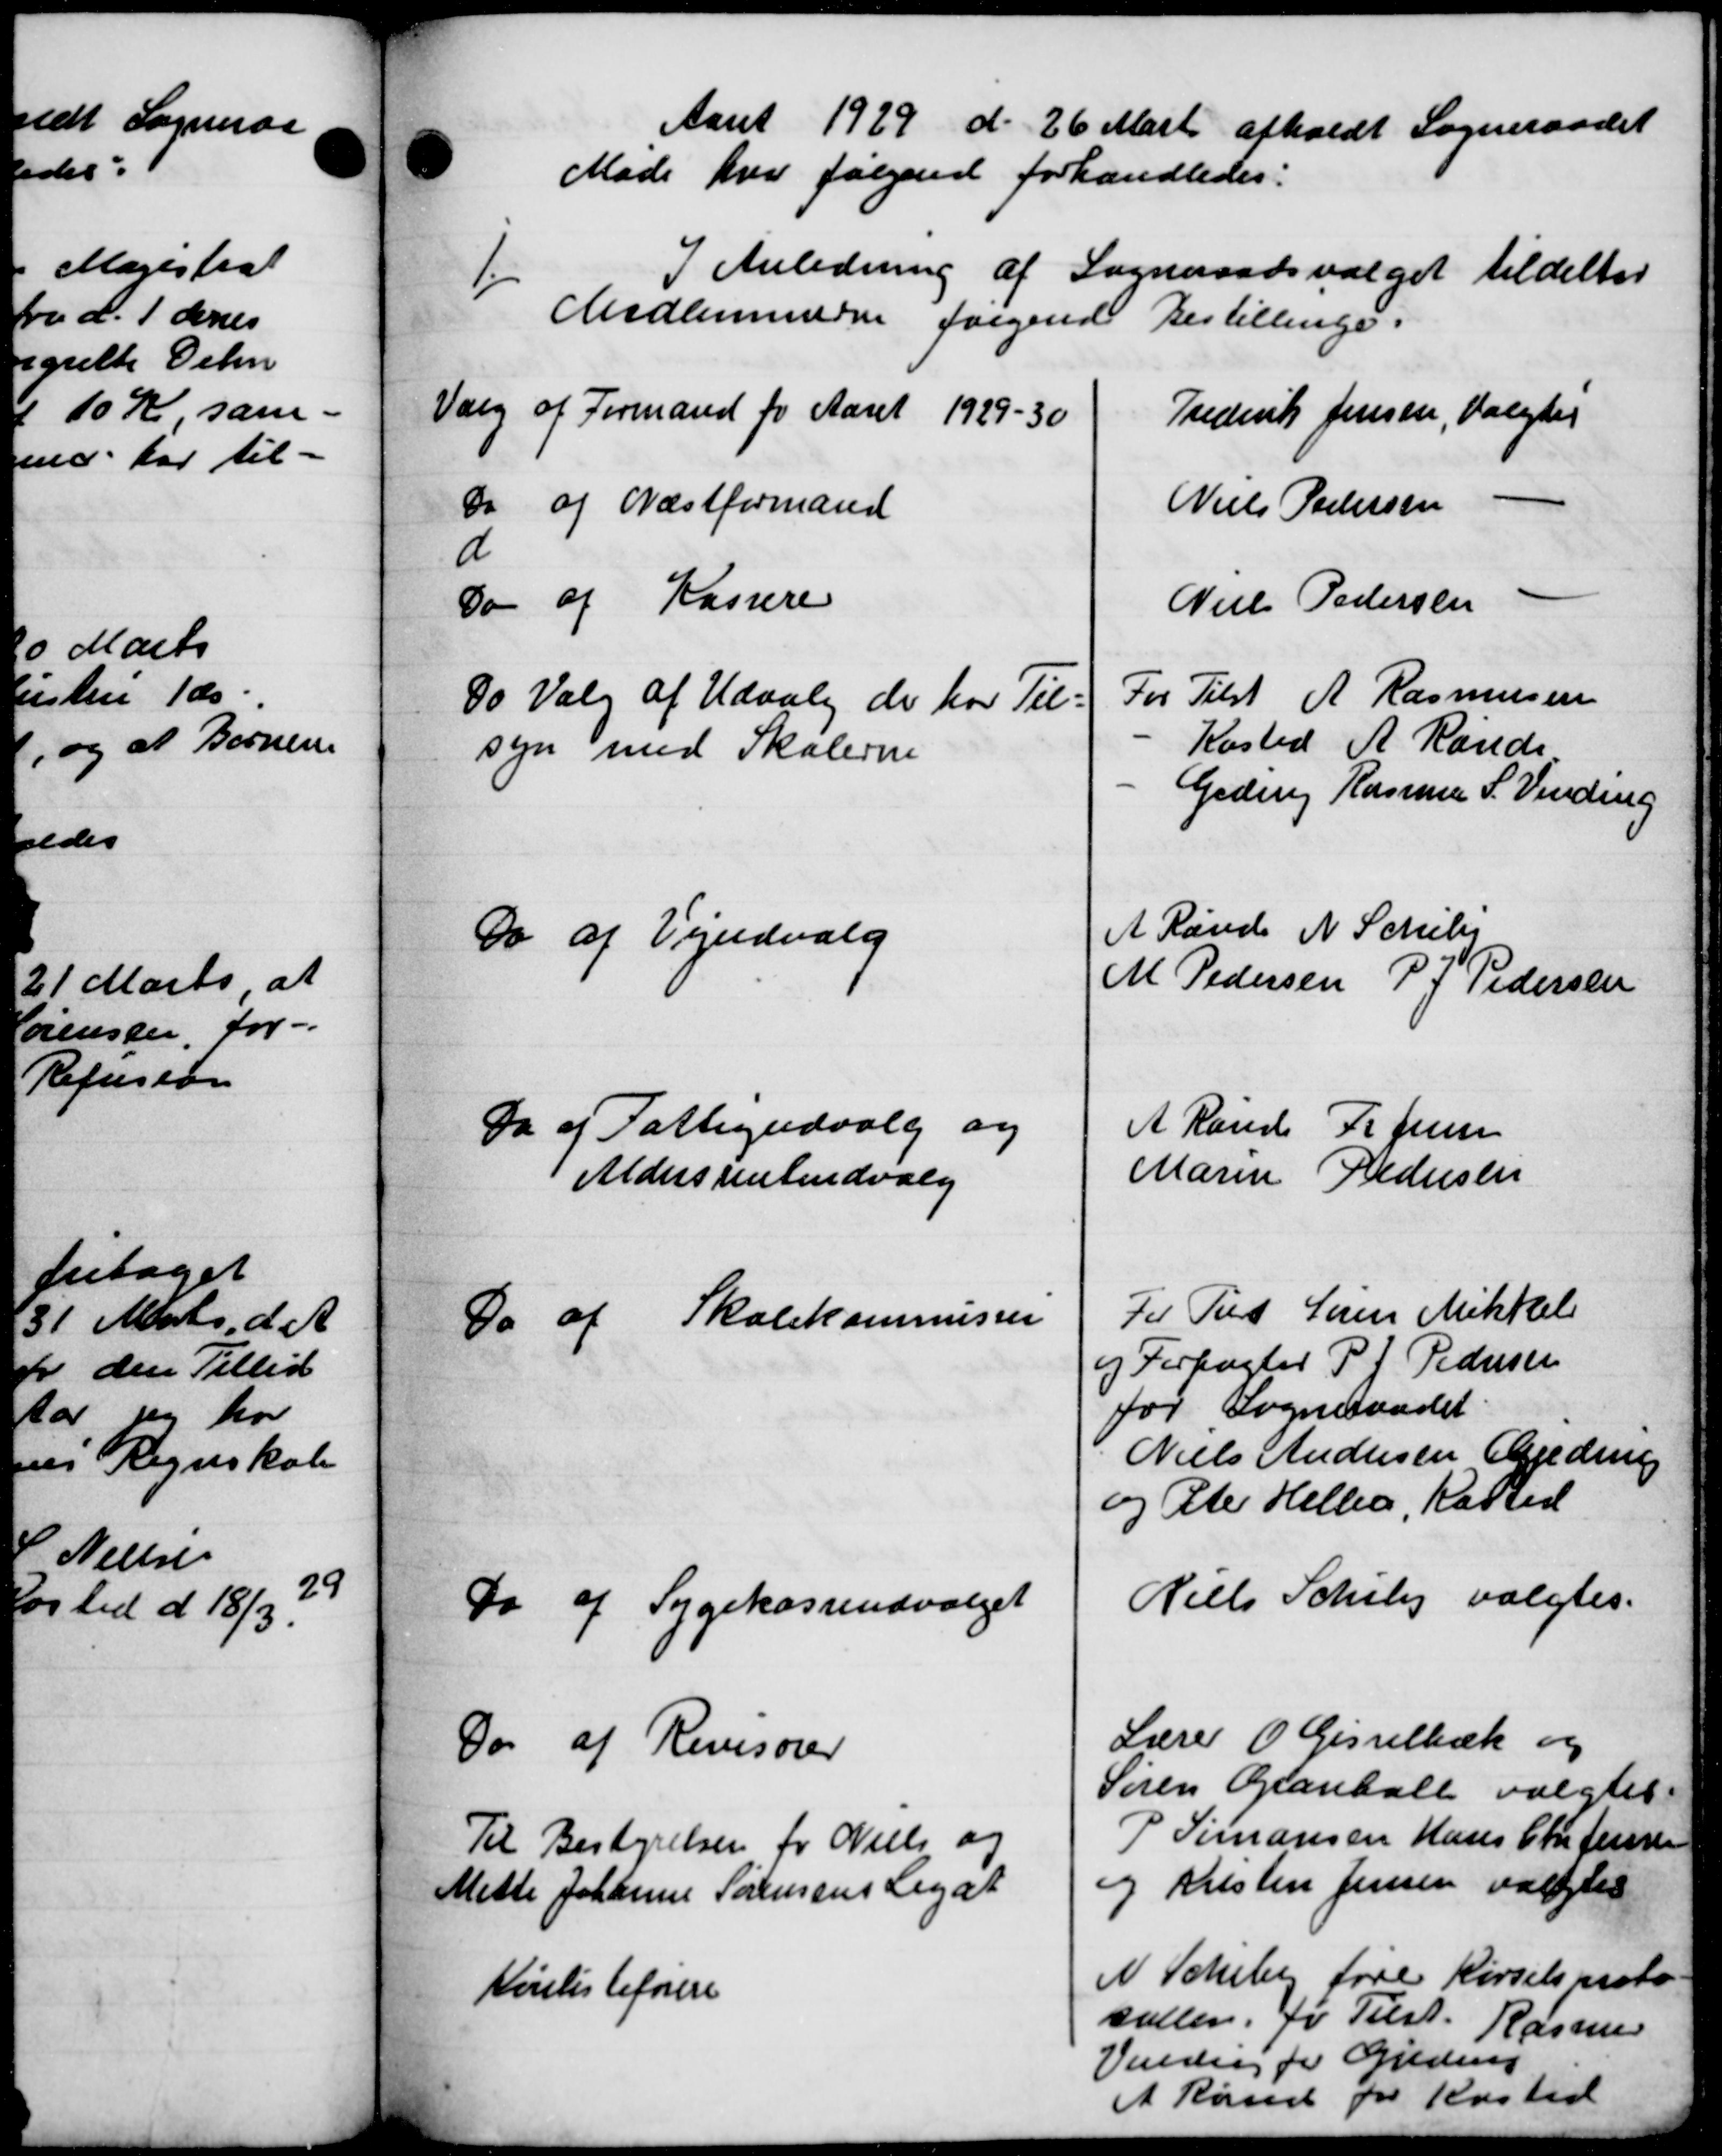
Transskription:
Aaret 1929 d. 26 Marts afholdt Sogneraadet
Møde hvor følgende forhandledes:
I Anledning af Sogneraadsvalget tildeltes
Medlemmerne følgende Bestillinge.
Valg af Formand for Aaret 1929-30
Frederik Jensen, Valgtes
do af Næstformand
Niels Pedersen
d
Do af Kassere
Niels Pedersen -
Do Valg af Udvalg de hos Til-
For Tilst A. Rasmussen
syn med Skolerne
Kasted A. Rande
Geden Rasmus S. Vinding
" af Vejudvalg
A Rande N. Schil
M Pedersen P. J. Pedersen
Da af Fattigudvalg og
A Raude P. Jensen
Aldersrenteudvalg
Maren Pedersen
Do af Skolekommisser
Til Tils Søren Mikkel
og Forpagter P. P. Pedersen
for Sogneraadet
Niels Andersen Agedring
og Ste Heller, Kasted
o af Sygekasseudvalget
Niels Schiby valgtes.
Do af Revisorer
Lærer O. Gisselbæk og
Søren Granhall valgtes
Til Bestyrelsen for Niels og
S Simonsen Hans Chr. Jensen
Mette Johanne Sørensens Legat
og Kristen Jensen valgtes
Kirlisteførere
N. Scheby føre Kørselsnoto
saller, for Tilst. Rasmus
Valder for Gjeding
A Rand for Kasted